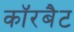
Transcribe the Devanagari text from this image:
कॉरबैट